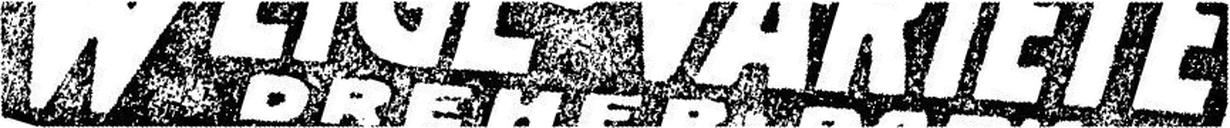
WEIGL's VARIÉTÉ